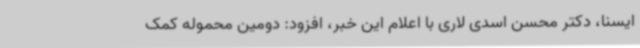
ایسنا، دکتر محسن اسدی لاری با اعلام این خبر، افزود: دومین محموله کمک‌